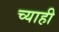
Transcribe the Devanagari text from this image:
च्याही